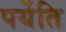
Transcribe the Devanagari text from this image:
पर्येति